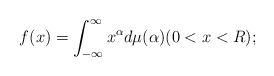
LaTeX: \begin{align*}f(x) = \int_{-\infty}^\infty x^{\alpha} d\mu(\alpha) (0 < x < R); \end{align*}